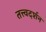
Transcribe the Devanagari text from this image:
तत्त्वदर्शन